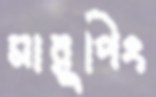
মারুপিং